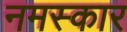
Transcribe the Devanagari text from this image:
नमस्कार